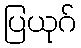
ပြယုဂ်